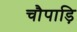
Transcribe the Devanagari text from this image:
चौपाड़ि